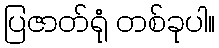
ပြဇာတ်ရုံ တစ်ခုပါ။